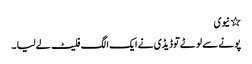
٭ نیوی
پونے سے لوٹے توڈیڈی نے ایک الگ فلیٹ لے لیا ۔